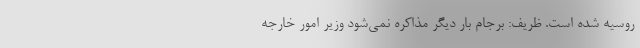
روسیه شده است. ظریف: برجام بار دیگر مذاکره نمی‌شود وزیر امور خارجه